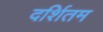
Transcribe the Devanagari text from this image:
दर्शितम